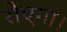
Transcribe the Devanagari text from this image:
रोएगा।